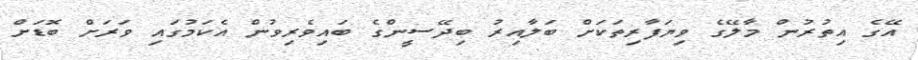
އޭގެ އިތުރުން މާލޭގެ ވިޔަފާރިތަކަށް ބަލާއިރު ބިދޭސީންގެ ބައިވެރިވުން އެކަމުގައި ވަރަށް ބޮޑަށް